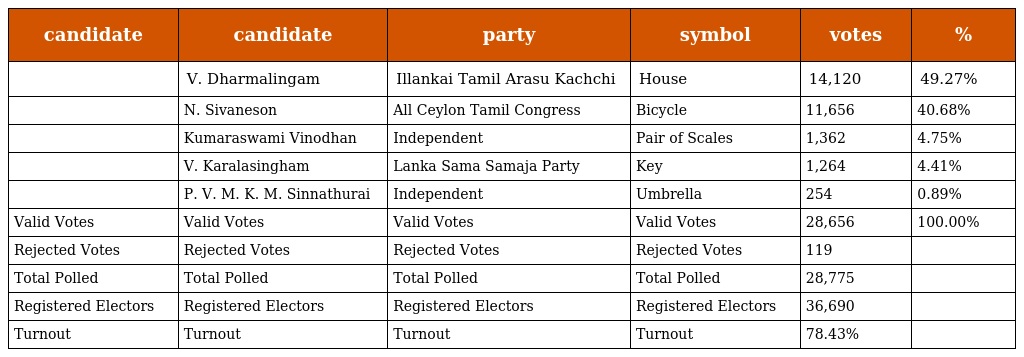
| candidate | candidate | party | symbol | votes | % |
 | --- | --- | --- | --- | --- | --- |
 |  | V. Dharmalingam | Illankai Tamil Arasu Kachchi | House | 14,120 | 49.27% |
 |  | N. Sivaneson | All Ceylon Tamil Congress | Bicycle | 11,656 | 40.68% |
 |  | Kumaraswami Vinodhan | Independent | Pair of Scales | 1,362 | 4.75% |
 |  | V. Karalasingham | Lanka Sama Samaja Party | Key | 1,264 | 4.41% |
 |  | P. V. M. K. M. Sinnathurai | Independent | Umbrella | 254 | 0.89% |
 | Valid Votes | Valid Votes | Valid Votes | Valid Votes | 28,656 | 100.00% |
 | Rejected Votes | Rejected Votes | Rejected Votes | Rejected Votes | 119 |  |
 | Total Polled | Total Polled | Total Polled | Total Polled | 28,775 |  |
 | Registered Electors | Registered Electors | Registered Electors | Registered Electors | 36,690 |  |
 | Turnout | Turnout | Turnout | Turnout | 78.43% |  |